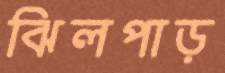
ঝিলপাড়